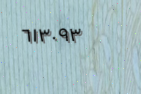
٦١٣٠٩٣